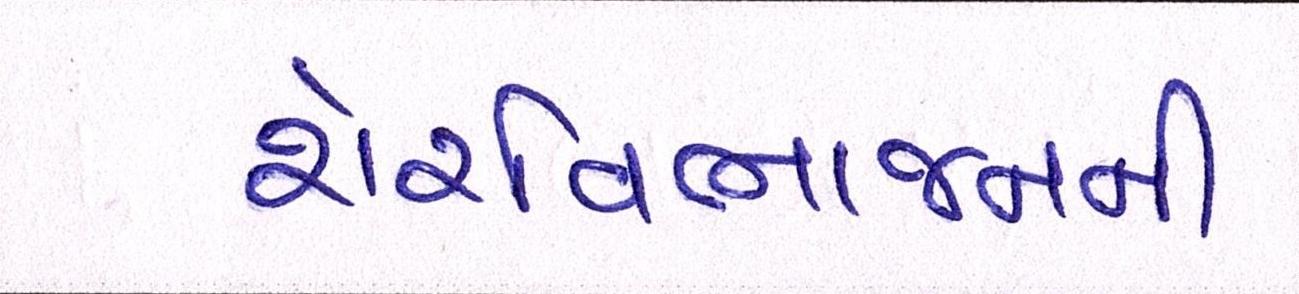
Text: શેરવિભાજનની